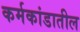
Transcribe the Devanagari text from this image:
कर्मकांडातील